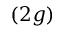
( 2 g )